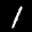
Label: 1